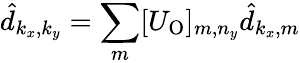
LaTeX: \hat{d}_{k_{x},k_{y}}=\sum_{m}[U_{\mathrm{O}}]_{m,n_{y}}\hat{d}_{k_{x},m}